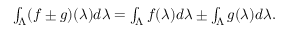
\begin{array} { r } { \int _ { \Lambda } ( f \pm g ) ( \lambda ) d \lambda = \int _ { \Lambda } f ( \lambda ) d \lambda \pm \int _ { \Lambda } g ( \lambda ) d \lambda . } \end{array}